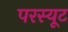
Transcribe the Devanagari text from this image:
परस्यूट